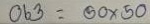
063 = 50 x 50